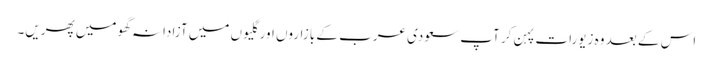
اس کے بعد وہ زیورات پہن کر آپ سعودی عرب کے بازاروں اور گلیوں میں آزادانہ گھومیں پھریں۔